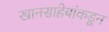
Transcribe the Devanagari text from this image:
खानसाहेबांकडून